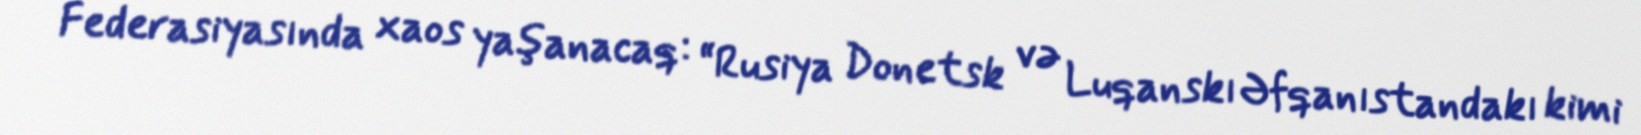
Federasiyasında xaos yaşanacaq: “Rusiya Donetsk və Luqanskı Əfqanıstandakı kimi